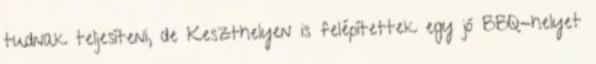
tudnak teljesíteni, de Keszthelyen is felépítettek egy jó BBQ-helyet